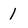
Character: 1